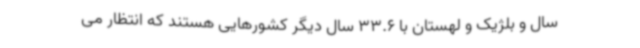
سال و بلژیک و لهستان با 33.6 سال دیگر کشورهایی هستند که انتظار می